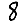
Digit: 8